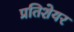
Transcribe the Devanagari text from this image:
प्रतिशेयर